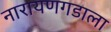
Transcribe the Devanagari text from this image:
नारायणगडाला